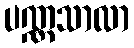
ပဏ္ဏသာလာ